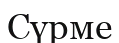
Сүрме